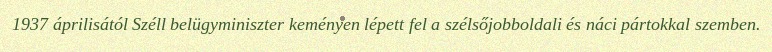
1937 áprilisától Széll belügyminiszter keményen lépett fel a szélsőjobboldali és náci pártokkal szemben.